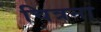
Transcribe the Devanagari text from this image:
चित्रना